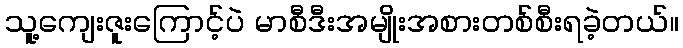
သူ့ကျေးဇူးကြောင့်ပဲ မာစီဒီးအမျိုးအစားတစ်စီးရခဲ့တယ်။